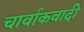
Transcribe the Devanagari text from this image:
चार्वाकवादी